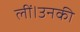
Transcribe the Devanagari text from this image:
लीं।उनकी